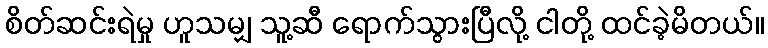
စိတ်ဆင်းရဲမှု ဟူသမျှ သူ့ဆီ ရောက်သွားပြီလို့ ငါတို့ ထင်ခဲ့မိတယ်။